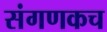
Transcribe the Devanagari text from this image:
संगणकच